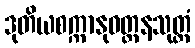
ဒုတိယစက္ကာနုဝတ္တနသုတ္တံ